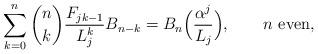
LaTeX: \begin{align*}\sum_{k = 0}^n \binom nk \frac{F_{jk - 1}}{L_j^k} B_{n-k} = B_n\Big(\frac{\alpha ^j }{L_j}\Big),\qquad\mbox{$n$ even},\end{align*}